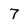
Character: 7